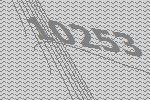
10253